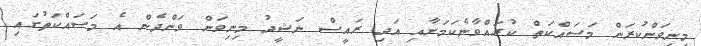
މިނިވަންކުރަން މަސައްކަތް ކުރައްވާނެކަމަށާއި އަދި ރައީސް ނަޝީދު މިނިވަން ވަންދެން އެ މަސައްކަތުގައި